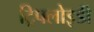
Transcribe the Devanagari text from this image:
ट्रिपलोइडी